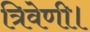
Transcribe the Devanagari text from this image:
त्रिवेणी।